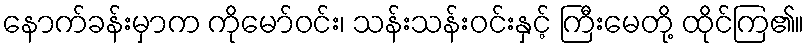
နောက်ခန်းမှာက ကိုမော်ဝင်း၊ သန်းသန်းဝင်းနှင့် ကြီးမေတို့ ထိုင်ကြ၏။